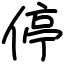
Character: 停